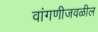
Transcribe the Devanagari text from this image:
वांगणीजवळील